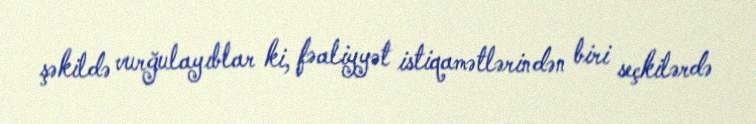
şəkildə vurğulayıblar ki, fəaliyyət istiqamətlərindən biri seçkilərdə